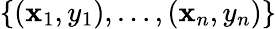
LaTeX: \left\{ (\mathbf{x}_{1},y_{1}),\ldots,(\mathbf{x}_{n},y_{n})\right\}